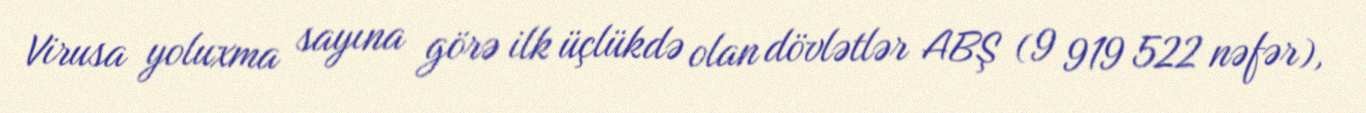
Virusa yoluxma sayına görə ilk üçlükdə olan dövlətlər ABŞ (9 919 522 nəfər),